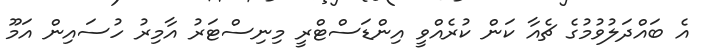
އެ ބައްދަލުވުމުގެ ޗެއާ ކަން ކުރެއްވީ އިންޑަސްޓްރީ މިނިސްޓަރު އާމިރު ހުސައިން އަމޫ